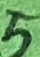
Text: 5